Scottish Leaving Certificate Examination, 1958
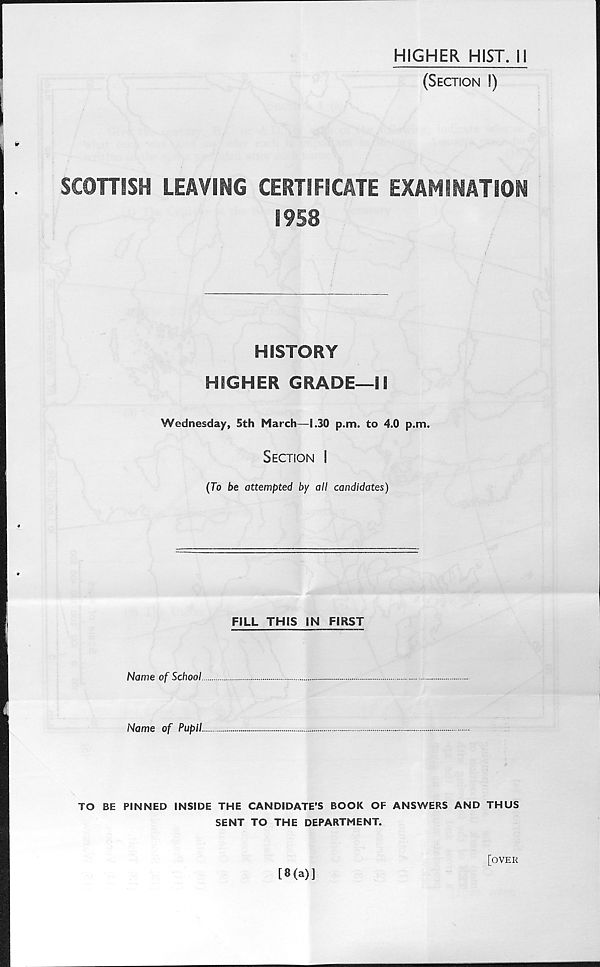
HIGHER HIST. U
(Section I)
SCOHISH LEAVING CERTIFICATE EXAMINATION
1958
HISTORY
HIGHER GRADE—II
Wednesday, 5th March—1.30 p.m. to 4.0 p.m.
Section !
(To be attempted by all candidates)
FILL THIS IN FIRST
Name of School.
Name of Pupil
ff
TO BE PINNED INSIDE THE CANDIDATE’S BOOK OF ANSWERS AND THUS
SENT TO THE DEPARTMENT.
[8(a)]
[over